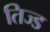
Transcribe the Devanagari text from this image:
तिज्ड